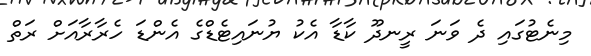
މިނެޓުގައި ދެ ވަނަ ރީނދޫ ކާޑާ އެކު ޔުނައިޓެޑްގެ އެންޑަ ހެރާރާއަށް ރަތް